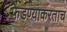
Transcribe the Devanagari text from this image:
फेडण्याकरताच